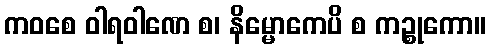
ကဝစေ ဝါရဝါဏေ စ၊ နိမ္မောကေပိ စ ကဉ္စုကော။